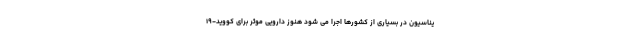
یناسیون در بسیاری از کشورها اجرا می شود هنوز دارویی موثر برای کووید-۱۹